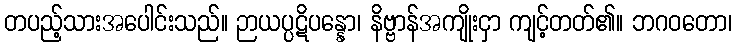
တပည့်သားအပေါင်းသည်။ ဉာယပ္ပဋိပန္နော၊ နိဗ္ဗာန်အကျိုးငှာ ကျင့်တတ်၏။ ဘဂဝတော၊